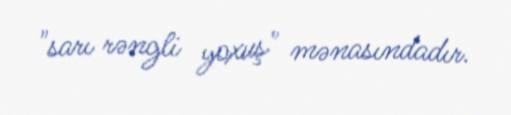
"sarı rəngli yoxuş" mənasındadır.